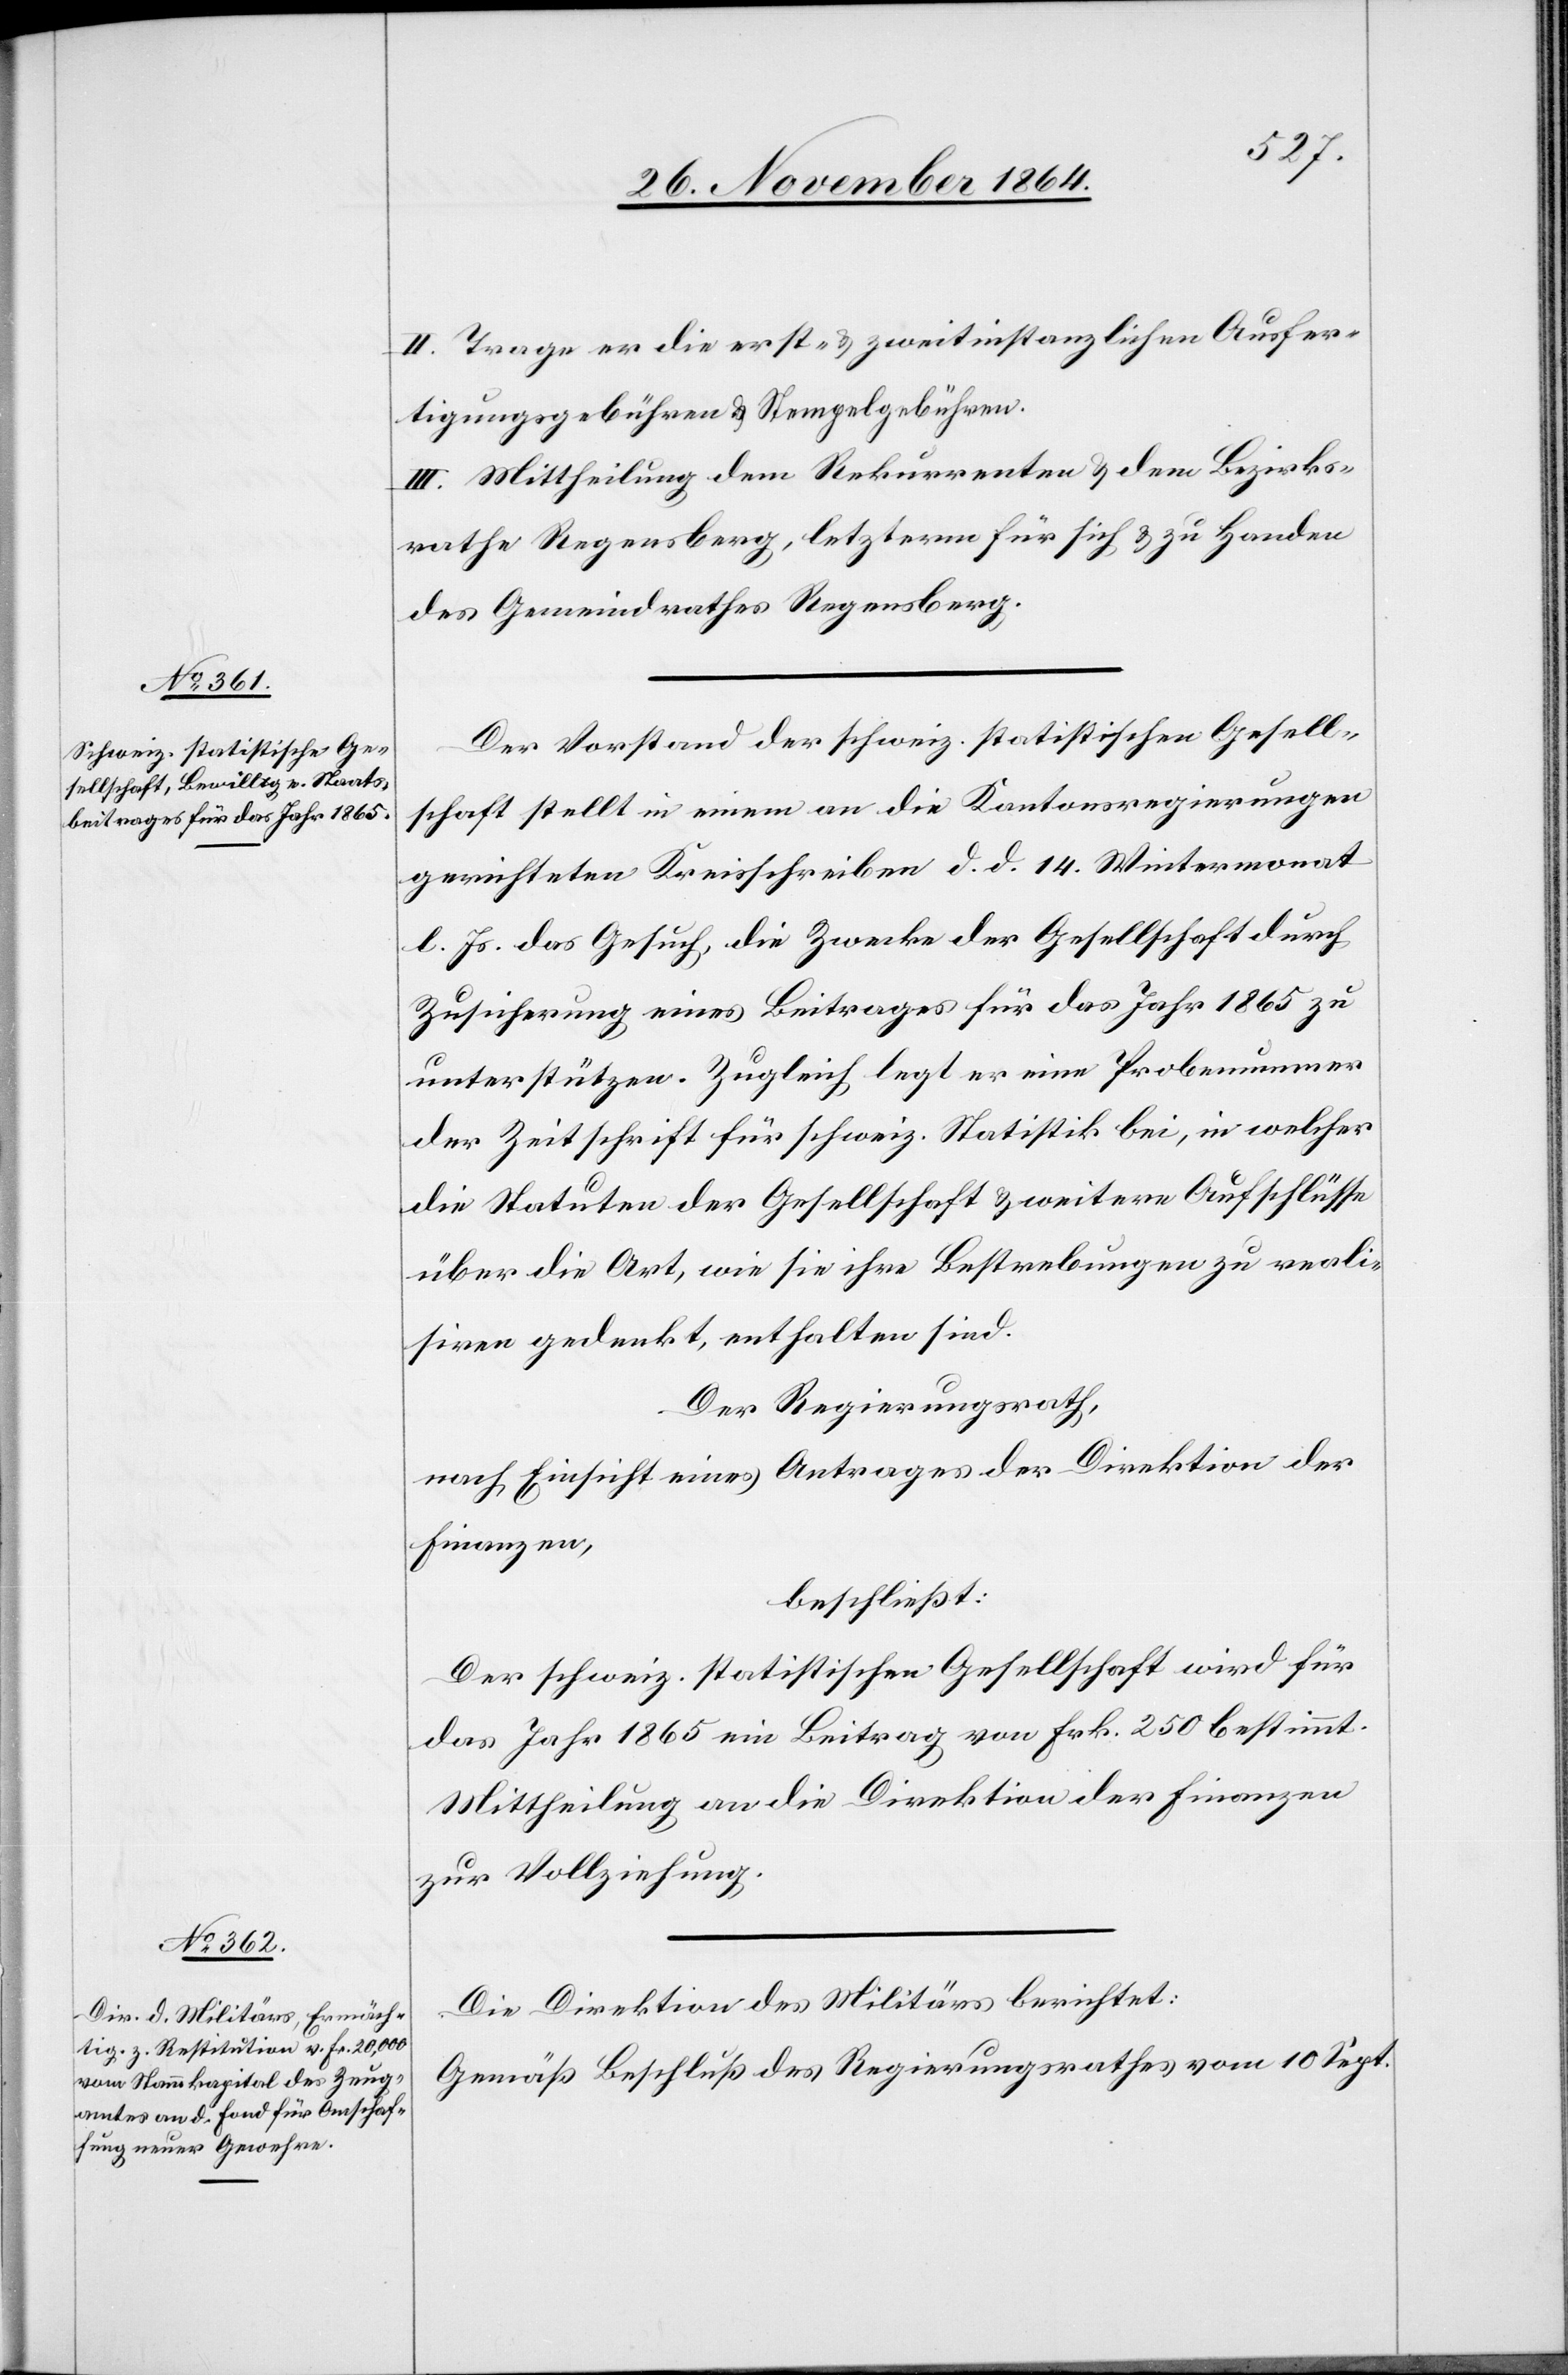
igungs-
II. Trage er die erst- & zweitinstanzlichen Ausfert¬
III. Mittheilung dem Rekurrenten & dem Bezirks¬
rathe Regensberg, letzterm für sich & zu Handen
des Gemeindrathes Regensberg.
Der Vorstand der schweiz. statistischen Gesell¬
schaft stellt in einem an die Kantonsregierungen
gerichteten Kreisschreiben d. d. 14. Wintermonat
l. Js. das Gesuch, die Zwecke der Gesellschaft durch
Zusicherung eines Beitrages für das Jahr 1865 zu
unterstützen. Zugleich legt er eine Probenummer
der Zeitschrift für schweiz. Statistik bei, in welcher
die Statuten der Gesellschaft & weitere Aufschlüsse
über die Art, wie sie ihre Bestrebungen zu reali¬
siren gedenkt, enthalten sind.
Der Regierungsrath,
nach Einsicht eines Antrages der Direktion der
Finanzen,
beschließt:
Der schweiz. statistischen Gesellschaft wird für
das Jahr 1865 ein Beitrag von Frk. 250 bestimmt.
Mittheilung an die Direktion der Finanzen
zur Vollziehung.
Die Direktion des Militärs berichtet:
Gemäß Beschluß des Regierungsrathes vom 10 Sept.